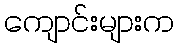
ကျောင်းများက